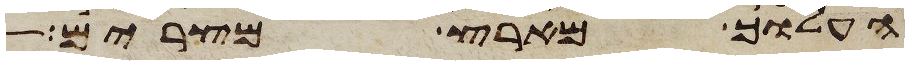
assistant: העלוך מארץ מצרים